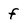
Character: f